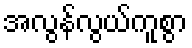
အလွန်လွယ်ကူစွာ